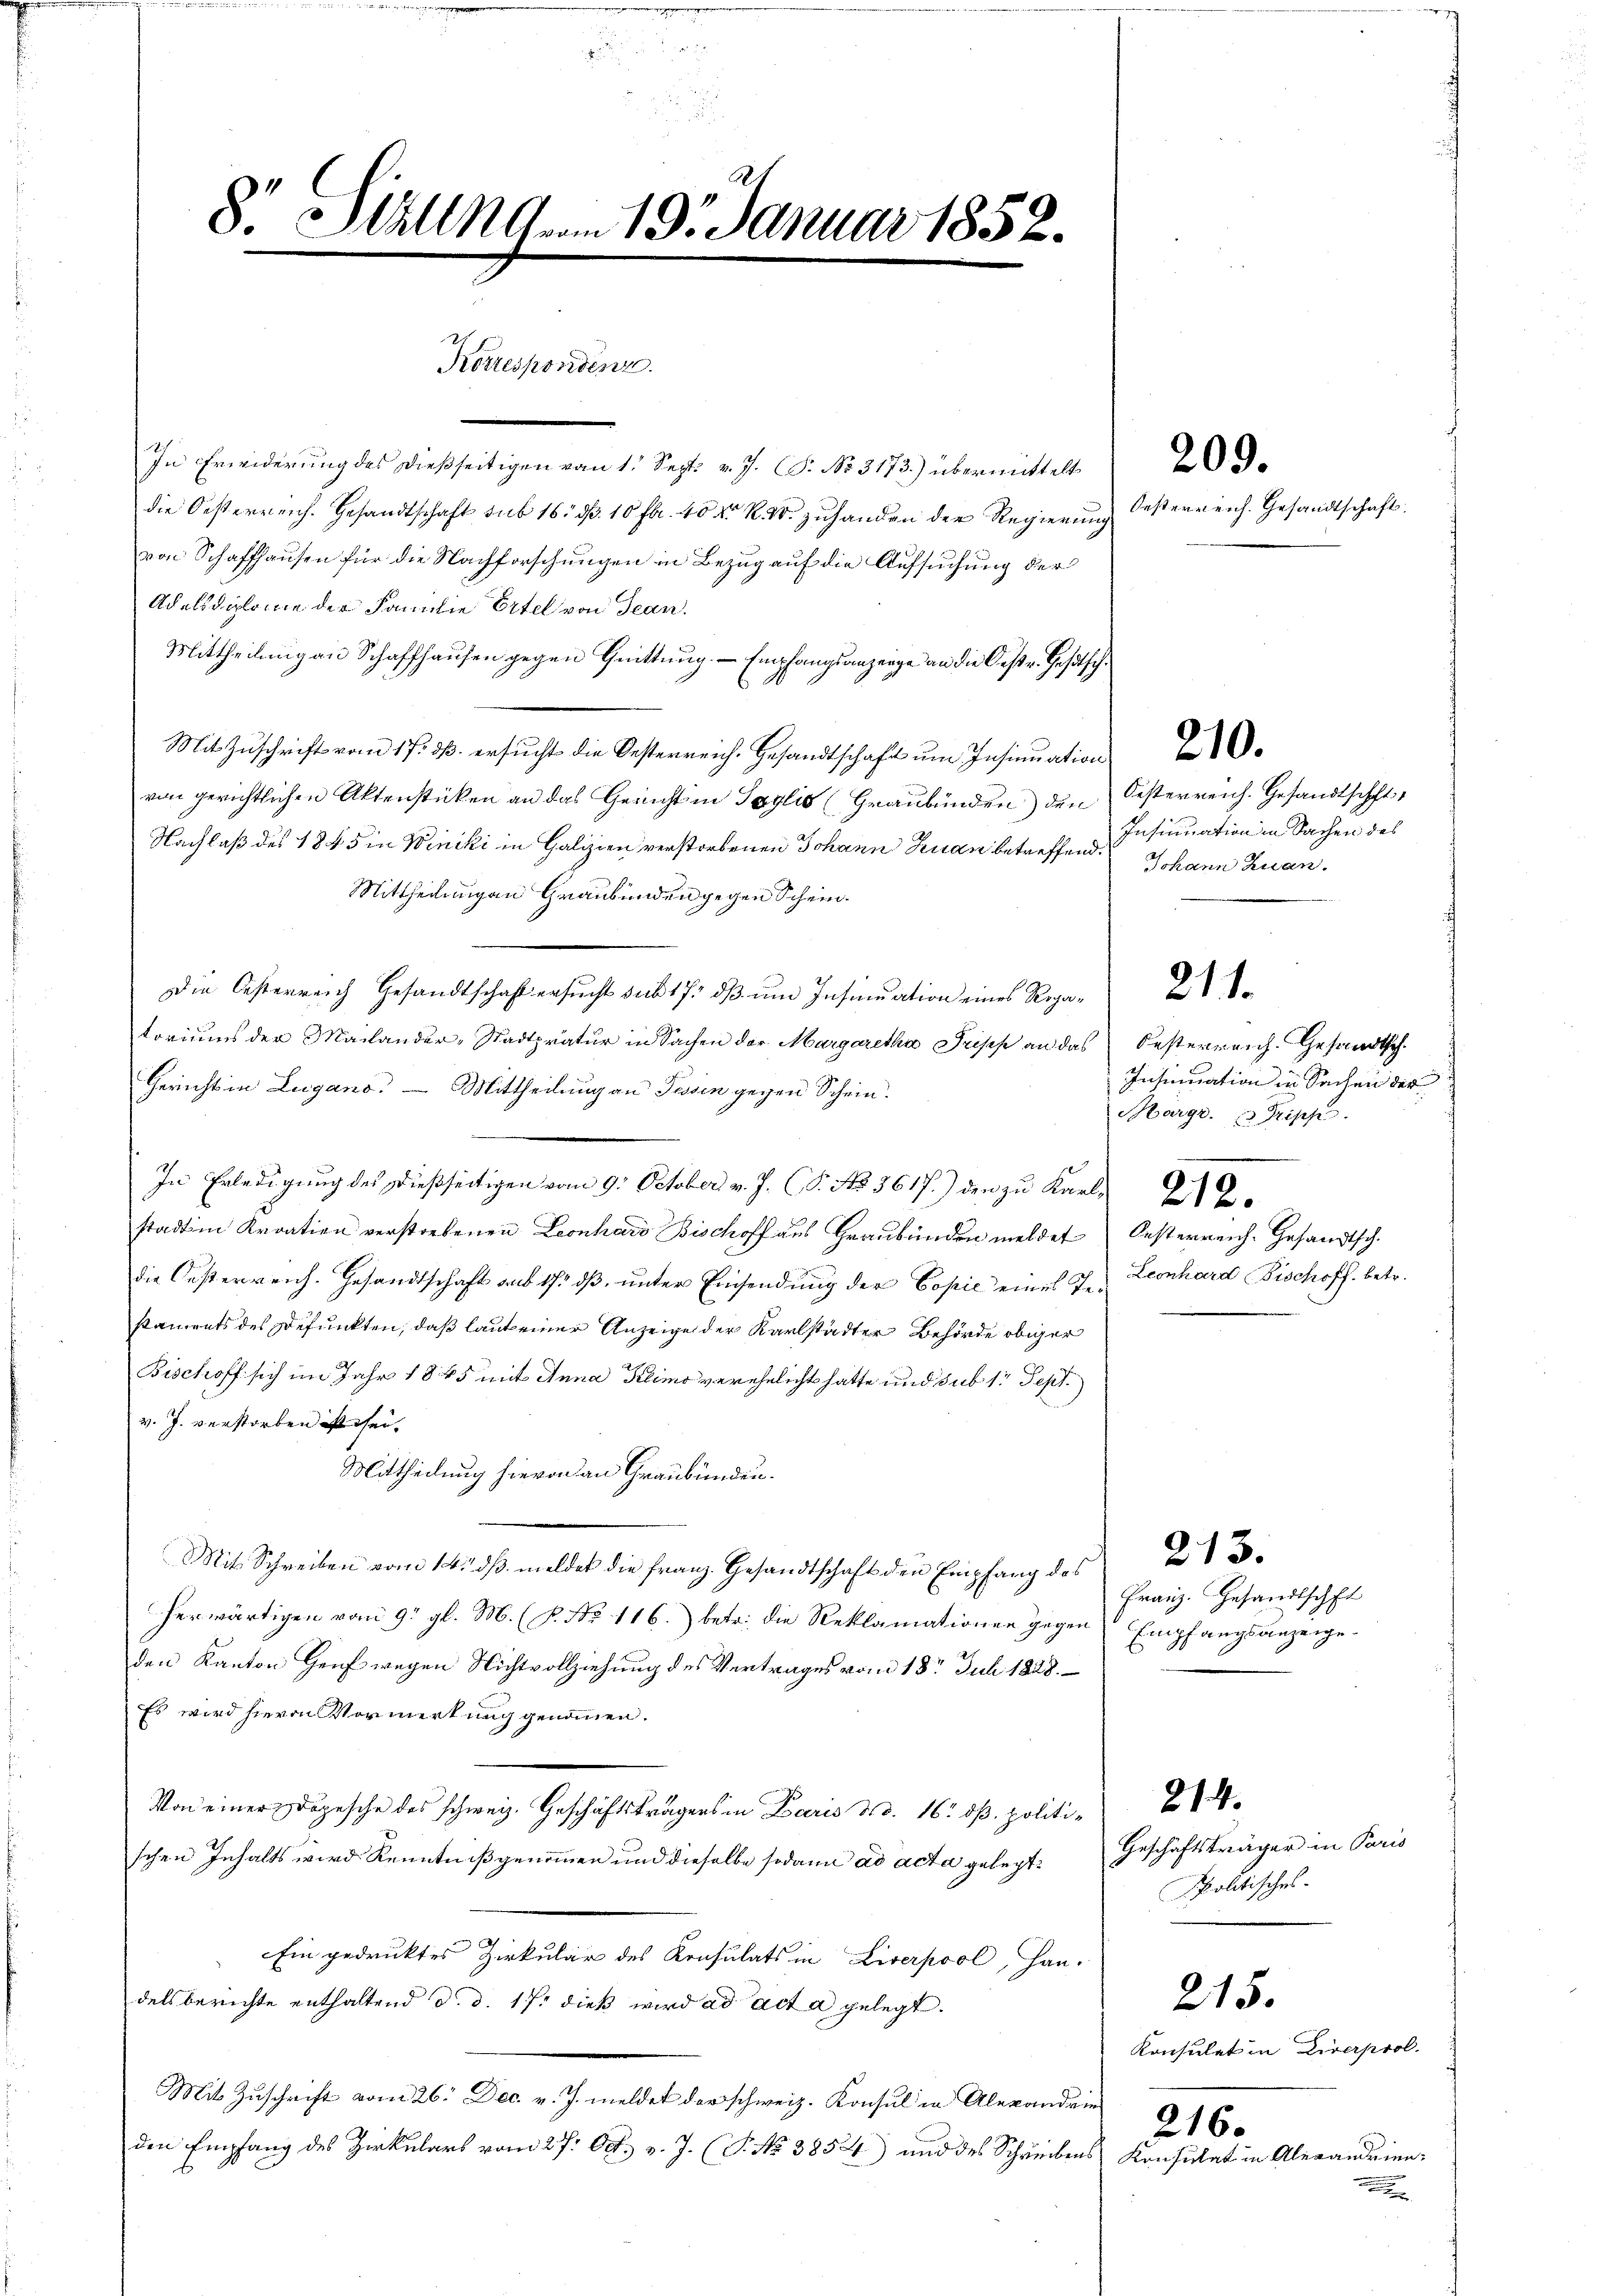
.
mnen
8. Hallen 19. Januar 1852.

In Erwiderung des dießseitigen vom 1. Sept. v. J. (T. No. 3173.) übermittelt
die Oesterreich. Gesandtschaft sub 16. d. 10 fl. 40 Xr K. W. zuhanden der Regierung
von Schaffhausen für die Nachforschungen in Bezug auf die Aufsuchung der
Adelsdiplome der Familie Ertel von Jean
Mittheilung an Schaffhausen gegen Quittung. - Empfangsanzeige an die Oestr. Gesetzg
Mit Zuschrift vom 17. dß. ersucht die Oesterreich. Gesandtschaft um Insinuation
von gerichtlichen Aktenstücken an das Gericht in Taglis (Graubünden) den
Nachlaß des 1845 in Winiki in Galizien verstorbenen Johann Juan betreffend.
Mittheilungen Graubünden gegen Schein.
Die Oesterreich Gesandtschaft ersucht sub 17, dß und Insinuation eines Regatoriums der Mailander-Stadtpratur in Sachen der Margaretha Puises an das
Gericht in Lugano. — Mittheilung an Tessin gegen Schein
In Erledigung des dießseitigen vom 9. October v. J. (T. No 3617.) den zu Karlstadt im Kroatien verstorbenen Leonhard Bischoff aus Graubünden meldet
die Außerreich. Gesandtschaft auf 175 dß, unter Einsendung der Copie eines Testaments des Defunkten, daß laut einer Anzeige der Karlstadter Behörde obiger
Bischoff sich im Jahr 1845 mit Anna Keimo verehelicht hatte und sub 1. Sept.
v. J. verstorben ist sei.
Mittheilung hievon den Graubünden.
Mit Schreiben vom 14. dβ meldet die Franz. Gesandtschaft den Empfang des
herwärtigen vom 9. gl. M. (P. Nr. 116.) betr. die Reklamationen gegen Empfangsanzeigeden Kanton Heuf wegen Nichtvollziehung des Vertrages vom 18t Juli 1828.
Es wird hievon Vormerkung genommen.
Von einer Depesche des schweiz. Geschäftsträgers in Daris d.d. 16. dß. politischen Inhalts wird Kenntniß genommen und dieselbe sodann ad acta gelegt.
Ein gedrucktes Zirkular des Konsulats in Liverpool, Han-
dels berichte enthaltend d. d. 17. dieß wird ad acta gelegt.
Mit Zuschrift vom 26. Dec. v. J. meldet der schweiz. Konsul in Alexandein
den Empfang des Zirkulars vom 27. Oct. v. J. (T. No 3854) und des Schreibens Konsulat in Alexandrien¬

Korrespondenz.

Oesterreich. Gesandtschaft.

209.

210.

Oesterreich. Gesandtschft
Insinuation in Sachen des
Johann Zuan.

Oesterreich. Gesandtsch.
Insinuation in Sachen der
Kärgr. Prische
212.
Oesterreich. Gesandtsch.
Leonhard Fischoff. betr.

211.

Franz. Gesandtschft

213.

215.

214.
Geschäftsträger in Paris
Spolitisches.
Konsulat in Liverprol.
216.